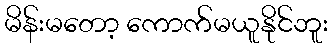
မိန်းမတော့ ကောက်မယူနိုင်ဘူး